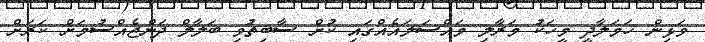
ވަޅިން ހަމަލާދީ މީހަކު މަރާލި މައްސަލައެއްގައި ކުށް ސާބިތުވި ބަލާލް ދަންޖެއްސުމަށް ކަރަށް